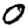
Digit: 0